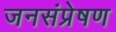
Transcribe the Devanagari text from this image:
जनसंप्रेषण